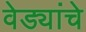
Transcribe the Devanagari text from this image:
वेड्यांचे